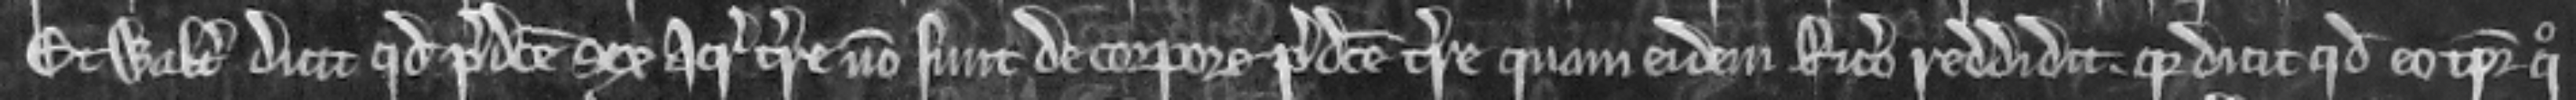
Et Walterus dicit quod predicte sex acre terre non sunt de corpore predicte terre quam eidem Ricardo reddidit. quia dicit quod eo tempore quo